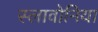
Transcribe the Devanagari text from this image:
स्लावोनिया